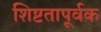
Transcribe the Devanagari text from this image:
शिष्टतापूर्वक